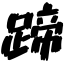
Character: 蹄